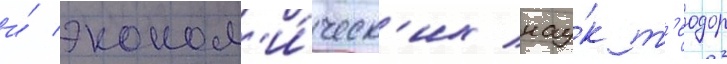
и́ эконом'и́ческ'их нау́к т'еодор